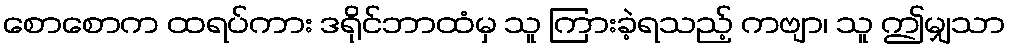
စောစောက ထရပ်ကား ဒရိုင်ဘာထံမှ သူ ကြားခဲ့ရသည့် ကဗျာ၊ သူ ဤမျှသာ